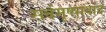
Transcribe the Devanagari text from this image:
सर्वमृष्षावाद